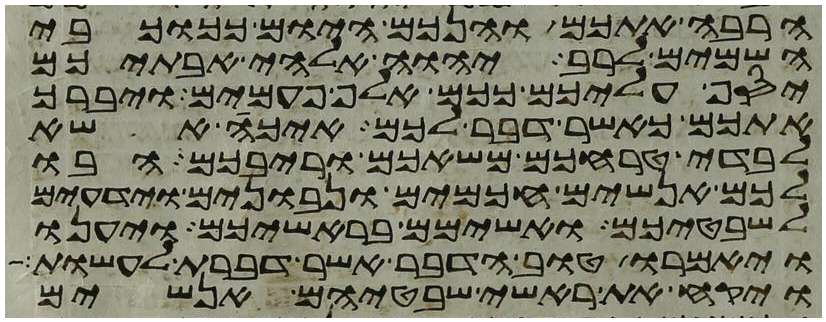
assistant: הרבה אתכם והנכם היום ככוכבי
השמים לרב יהוה אלהי אבתיכם
יסף עליכם ככם אלף פעמים ויברך
אתכם כאשר דבר לכם איכה אשא
לבדי טרחכם משאכם וריבכם הבו
לכם אנשים חכמים ונבונים וידעים
לשבטיכם ואשימם בראשיכם ויענו
ויאמרו טוב הדבר אשר דברת לעשות
ויקח את ראשי שבטיהם אנשים